Vaccine operations Central Provinces 1900-1911 - 1900-1911
Year: 1900
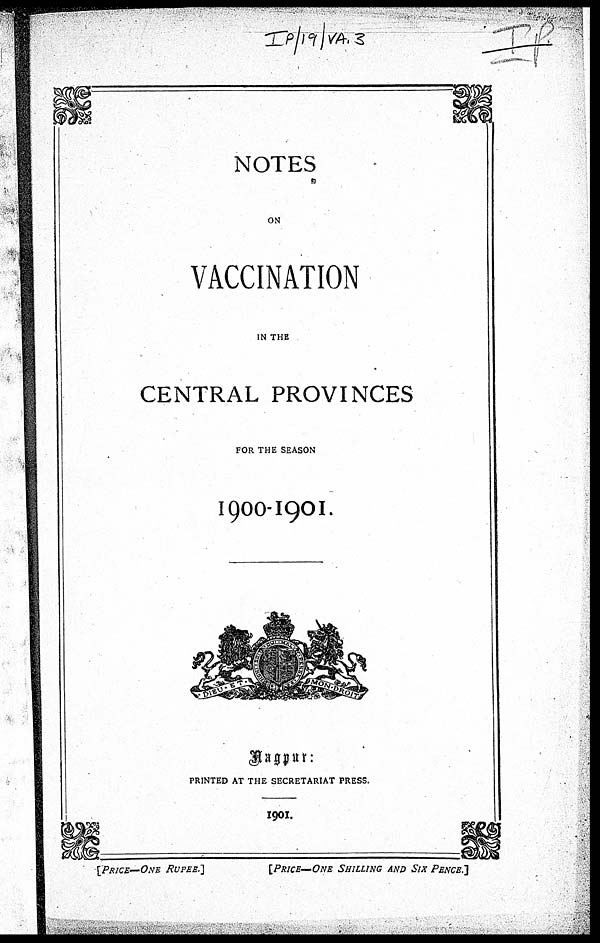
NOTES
ON
VACCINATION
IN THE
CENTRAL PROVINCES
FOR THE SEASON
1900-1901.
NAGPUR:
PRINTED AT THE SECRETARIAT PRESS.
1901.
[PRICE—ONE RUPEE.]
[PRICE—ONE SHILLING AND SIX PENCE.]